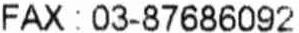
FAX : 03-87686092